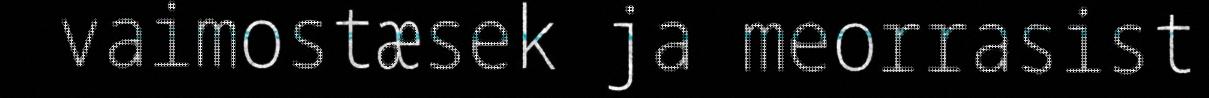
vaimostæsek ja meorrasist